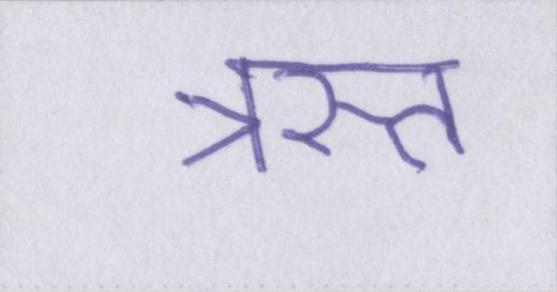
त्रस्त